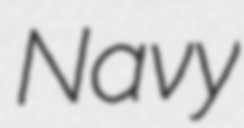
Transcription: Navy